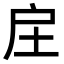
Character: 𢨫